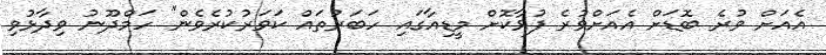
އެއަށް ވުރެ ބޮޑަށް އެއަށްވުރެ ފުޅާކޮށް މީޑިއާގައި ހަބަރުތައް ކަވަރުކުރެވެން" ހަމްދޫނު ވިދާޅުވި